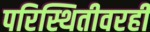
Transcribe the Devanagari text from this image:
परिस्थितीवरही